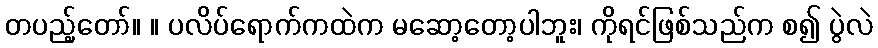
တပည့်တော်။ ။ ပလိပ်ရောက်ကထဲက မဆော့တော့ပါဘူး၊ ကိုရင်ဖြစ်သည်က စ၍ ပွဲလဲ